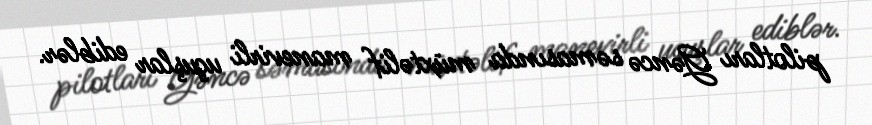
pilotları Gəncə səmasında müxtəlif manevirli uçuşlar ediblər.